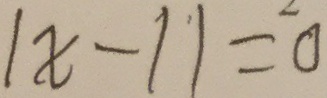
\vert x - 1 \vert = 0